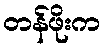
တန်ဖိုးက